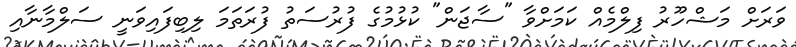
ވަރަށް މަޝްހޫރު ފިލްމެއް ކަމަށްވާ "ސާޖަން" ކުޅުމުގެ ފުރުސަތު ފުރަތަމަ ލިބިފައިވަނީ ސަލްމާނާއި